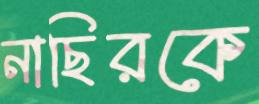
নাছিরকে